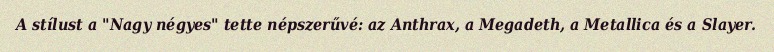
A stílust a "Nagy négyes" tette népszerűvé: az Anthrax, a Megadeth, a Metallica és a Slayer.